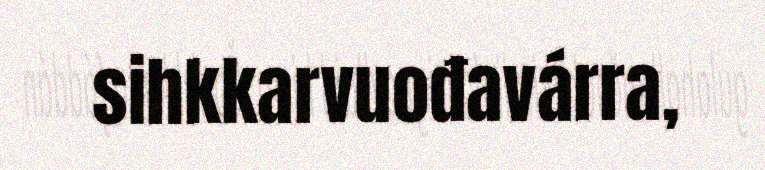
sihkkarvuođavárra,